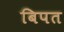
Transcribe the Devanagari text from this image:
बिपत